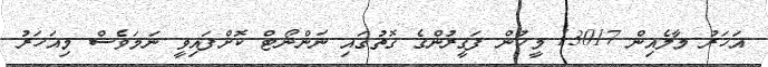
އަހަރު މާލެއިން 13017 މީހުން ފަގީރުންގެ ގޮތުގައި ނަންނޯޓް ކޮށްފައިވީ ނަމަވެސް މިއަހަރު